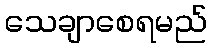
သေချာစေရမည်